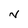
Character: N